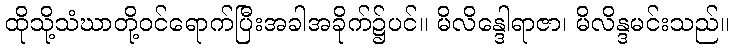
ထိုသို့သံဃာတို့ဝင်ရောက်ပြီးအခါအခိုက်၌ပင်။ မိလိန္ဒေါရာဇာ၊ မိလိန္ဒမင်းသည်။